Annual report on the working of the Harcourt Butler Institute of Public Health, Rangoon
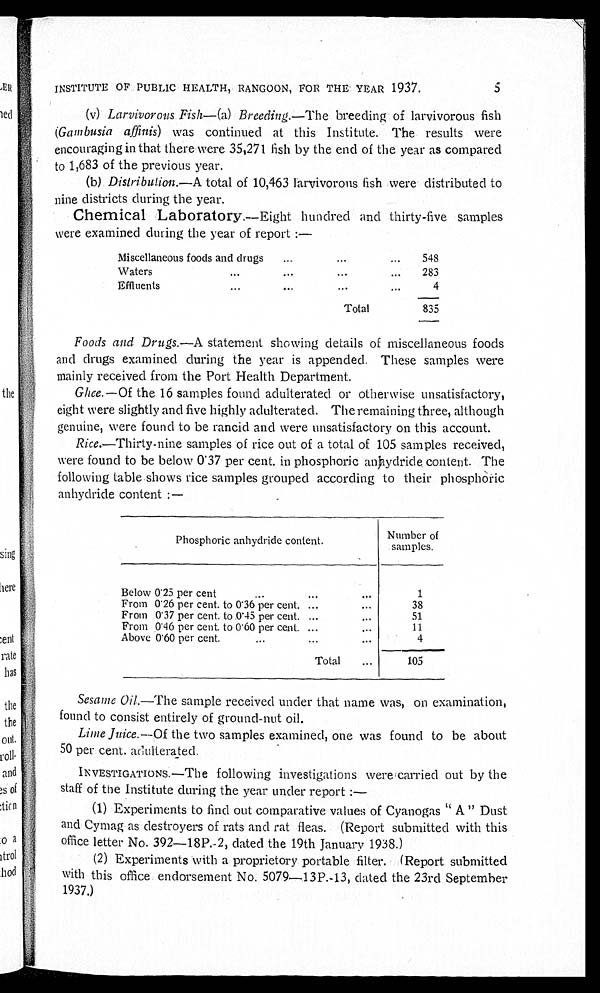
5
INSTITUTE OF PUBLIC HEALTH, RANGOON, FOR THE YEAR 1937.
(v) Larvivorous Fish —(a) Breeding .—The breeding of larvivorous fish
(Gambusia affinis ) was continued at this Institute. The results were
encouraging in that there were 35,271 fish by the end of the year as compared
to 1,683 of the previous year.
(b) Distribution .—A total of 10,463 larvivorous fish were distributed to
nine districts during the year.
Chemical Laboratory.— Eight hundred and thirty-five samples
were examined during the year of report :—
Miscellaneous foods and drugs
. . .
548
W a t e r s
. . .
283
4
Total
835
Foods and Drugs.—A statement showing details of miscellaneous foods
and drugs examined during the year is appended. These samples were
mainly received from the Port Health Department.
Ghee .—Of the 16 samples found adulterated or otherwise unsatisfactory,
eight were slightly and five highly adulterated. The remaining three, although
genuine, were found to be rancid and were unsatisfactory on this account.
Rice.—Thirty-nine samples of rice out of a total of 105 samples received,
were found to be below 0.37 per cent. in phosphoric anhydride content. The
following table shows rice samples grouped according to their phosphoric
anhydride content :—
Phosphoric anhydride content.
Number of
samples.
Below 0.25 per cent
. . .
1
From 0.26 per cent. to 0.36 per cent . . .
38
From 0.37 per cent. to 0.45 per cent . . .
51
From 0.46 per cent. to 0.60 per cent. . . .
11
Above 0.60 per cent.
. . .
4
T o t a l . . .
105
Sesame Oil.—The sample received under that name was, on examination,
found to consist entirely of ground-nut oil.
Lime Juice .—Of the two samples examined, one was found to be about
50 per cent. adulterated.
INVESTIGATIONS.—The following investigations were carried out by the
staff of the Institute during the year under report :
—
(1) Experiments to find out comparative values of Cyanogas "A" Dust
and Cymag as destroyers of rats and rat fleas. (Report submitted with this
office letter No. 392—18P.-2, dated the 19th January 1938.)
(2) Experiments with a proprietory portable filter. (Report submitted
with this office endorsement No. 5079—13P.-13, dated the 23rd September
1937.)